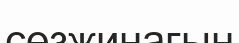
сөзжинағын